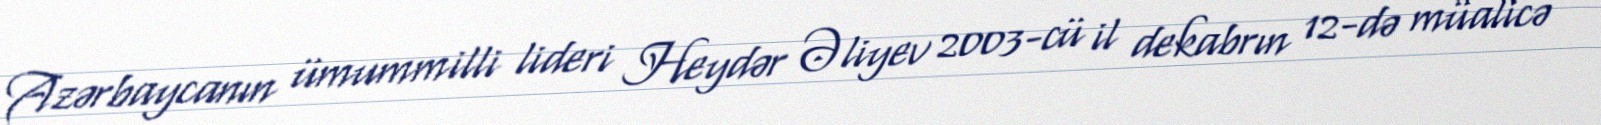
Azərbaycanın ümummilli lideri Heydər Əliyev 2003-cü il dekabrın 12-də müalicə